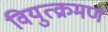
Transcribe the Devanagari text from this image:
वियुत्क्रमण